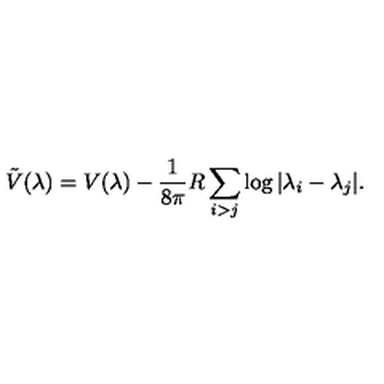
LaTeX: \tilde { V } ( \lambda ) = V ( \lambda ) - \frac { 1 } { 8 \pi } R \sum _ { i > j } \log | \lambda _ { i } - \lambda _ { j } | .